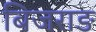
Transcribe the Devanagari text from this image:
बिजराङ